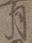
月